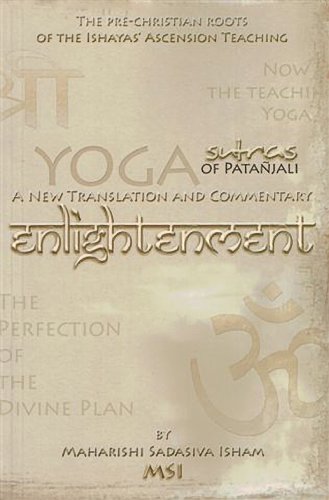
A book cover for Enlightenment: The Yoga Sutras of Patanjali: A New Translation and Commentary; Maharishi Sadasiva Isham (MSI); Religion & Spirituality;